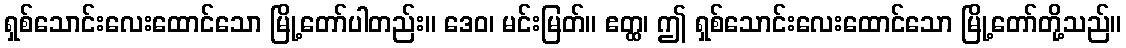
ရှစ်သောင်းလေးထောင်သော မြို့တော်ပါတည်း။ ဒေဝ၊ မင်းမြတ်။ ဧတ္ထ၊ ဤ ရှစ်သောင်းလေးထောင်သော မြို့တော်တို့သည်။